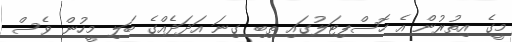
މީގެ އިތުރުން އެ ހޮސްޕިޓަލުގައި ތިބި ގިނަ އަދަދެއްގެ ބަލި މީހުން ވެސް